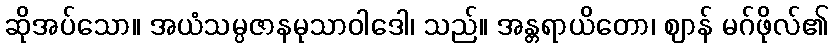
ဆိုအပ်သော။ အယံသမ္ပဇာနမုသာဝါဒေါ၊ သည်။ အန္တရာယိတော၊ ဈာန် မဂ်ဖိုလ်၏